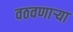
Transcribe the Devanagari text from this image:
वठवणार्‍या